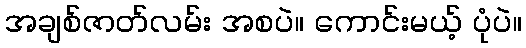
အချစ်ဇာတ်လမ်း အစပဲ။ ကောင်းမယ့် ပုံပဲ။